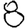
Digit: 8